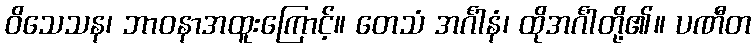
ဝိသေသန၊ ဘာဝနာအထူးကြောင့်။ တေသံ အင်္ဂါနံ၊ ထိုအင်္ဂါတို့၏။ ပဏီတ